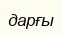
дарғы